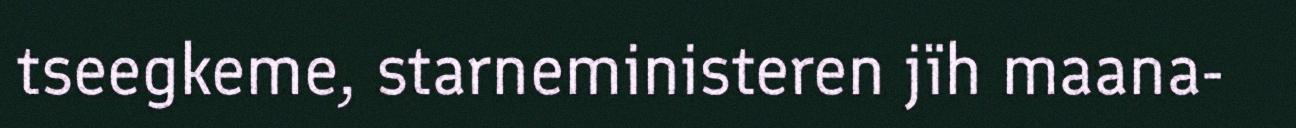
tseegkeme, starneministeren jïh maana-